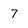
Character: 7